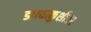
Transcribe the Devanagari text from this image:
डाव्याकुशीवर